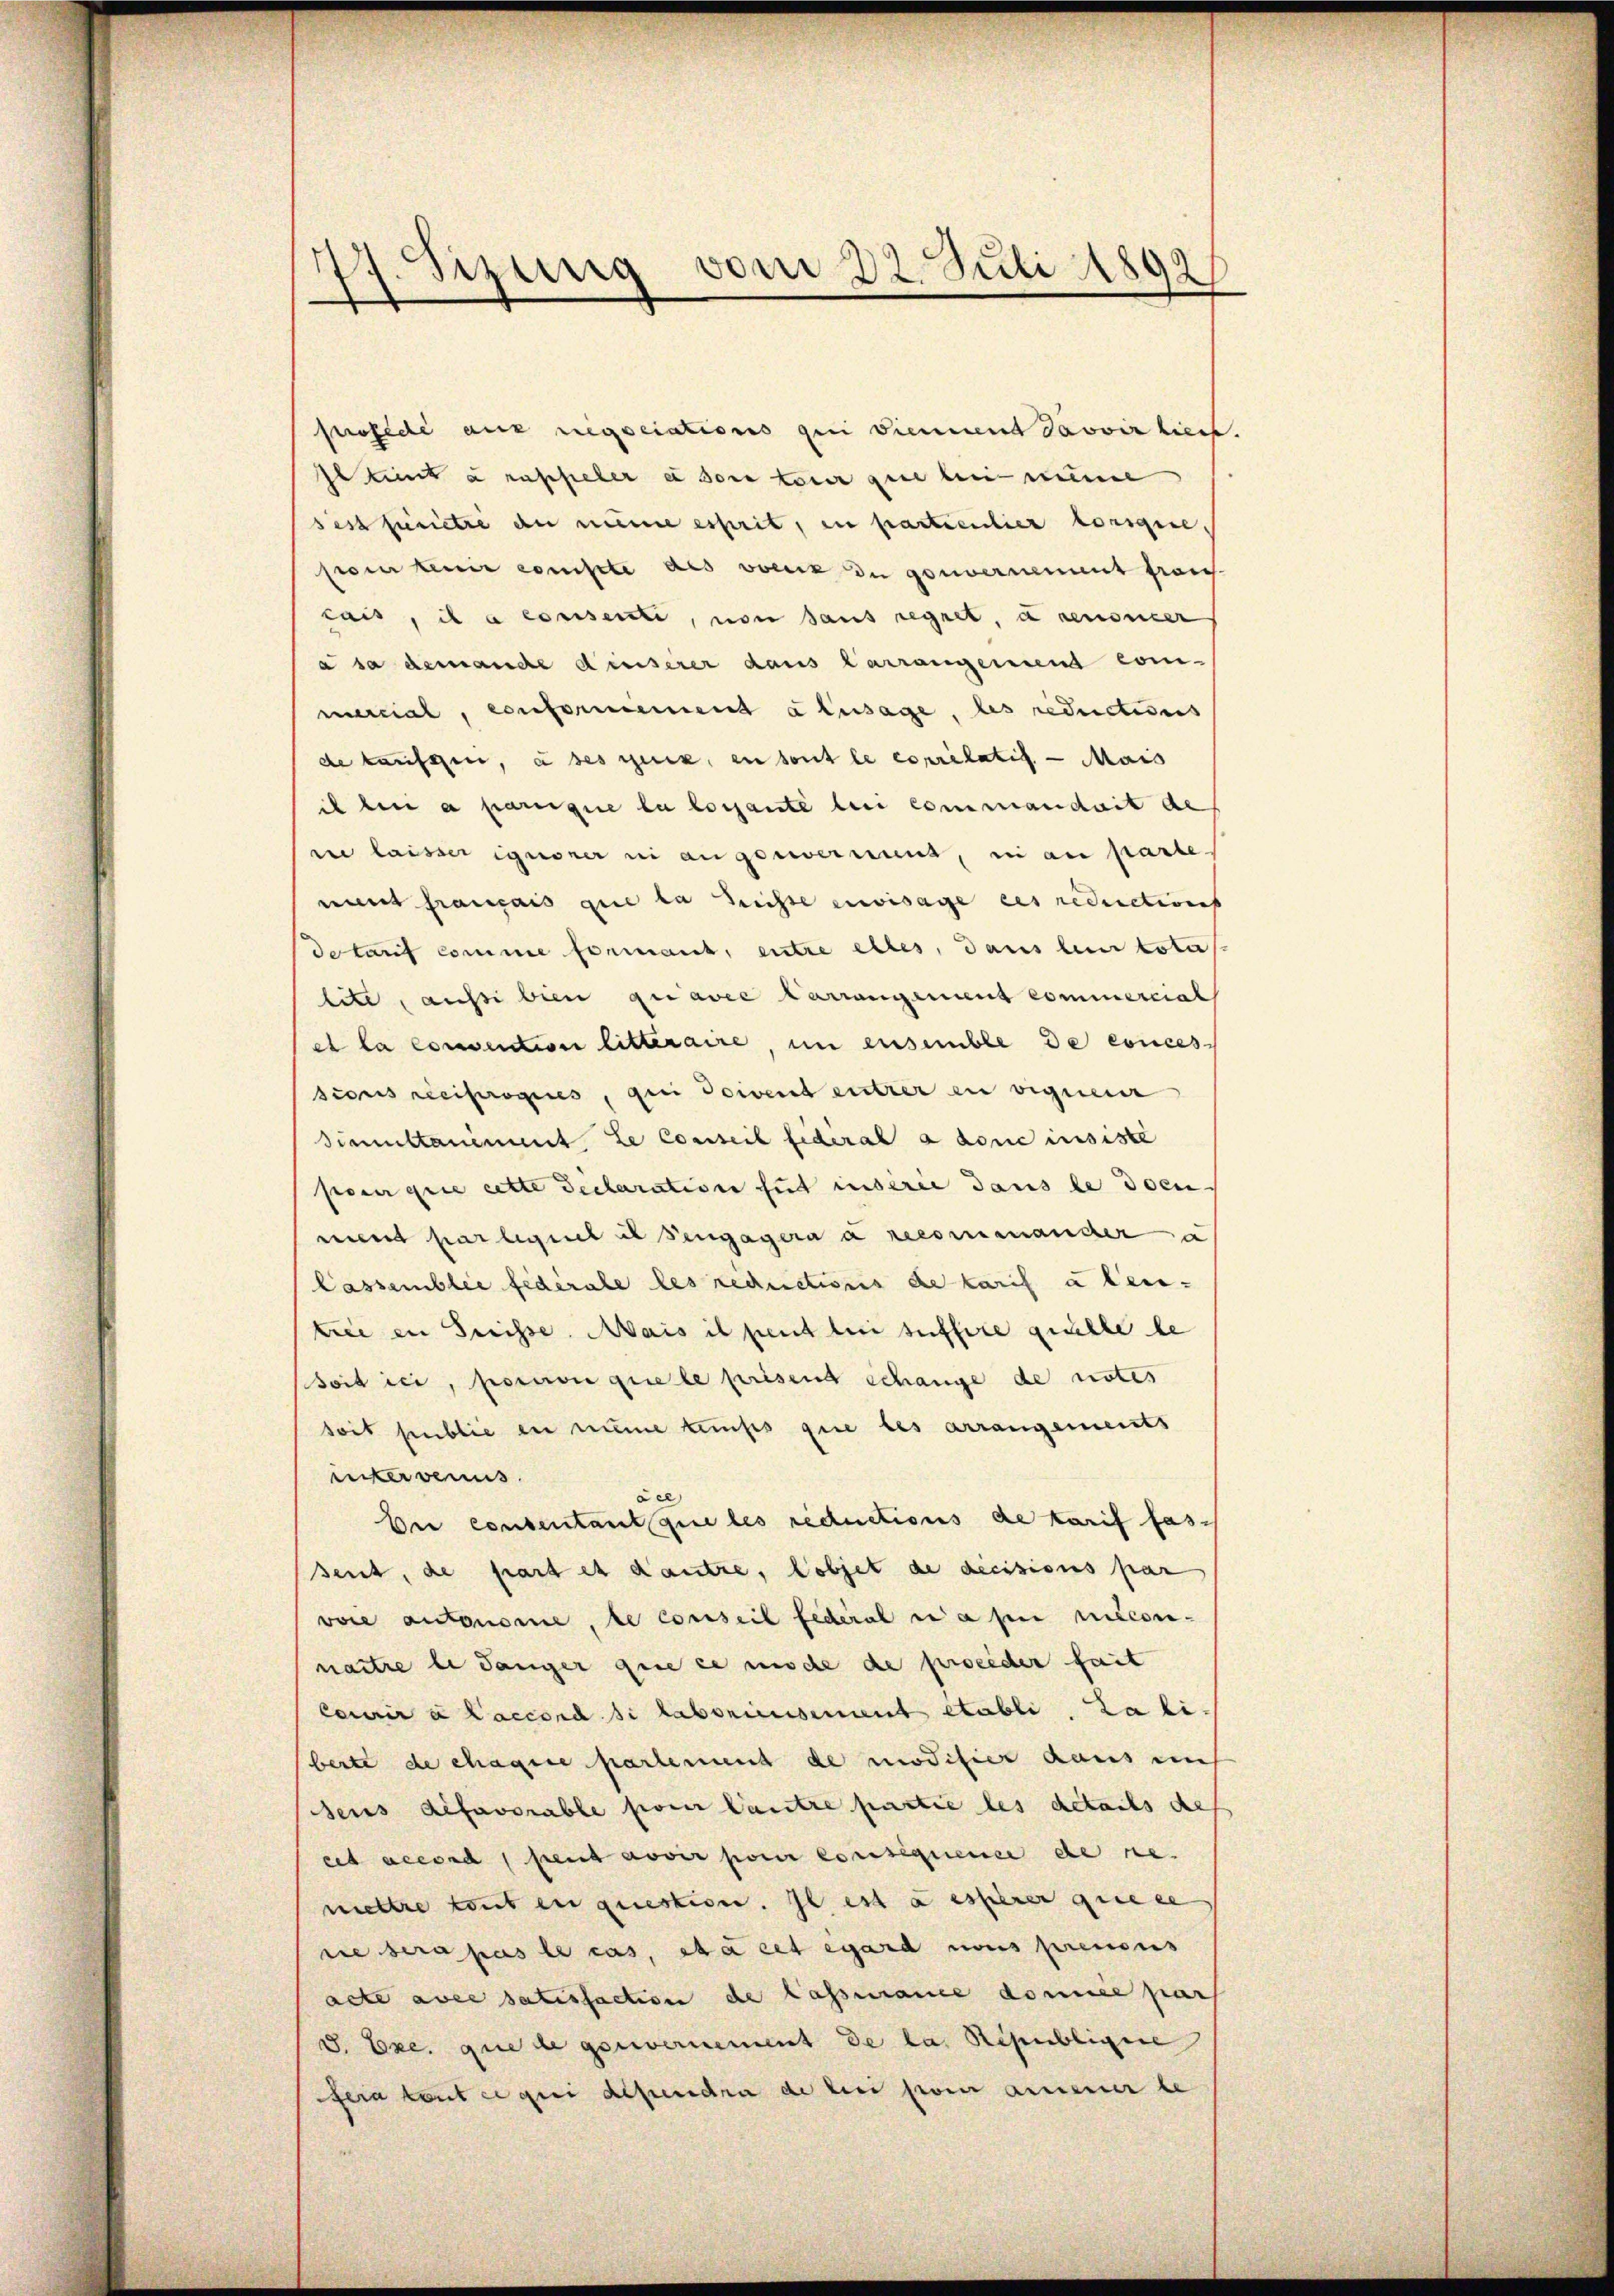
77. Sizung vom 22. Juli 1892

furede aus regociations qui viennend davoir liegt.
Ie kint à raffieler e sont tour que bei meine
sest perietri an meine esprit, in partientier vorigire,
sio tenir conste des voeux du gouvernement frans-
cais, il a consenti, von sans regnet, a renoner
à sa demande dieserer dans Carrangement com-
mercial, conformement abusage, les reductions
de taufgen, à ses prix, en tout le coprelatis. — Mais
il bei a pareique la locante lui commandait de
i laisser ignoner ni angeseerint, in an parte
nit français que la sichte envisage ces redictions
detarif comme formant, entre eltes, dans lein totus.
tete, aussi bien quavee arrangement commercial
et la convention litteraire, im ensemble de conces
sions reciprogies, qui doivent entrer in vignenr
Simultaniment Le conseil fidéral a done insiste
pouir quie cette declaration fut inserie dans le docu
ment par lignet il engagern a recorienander a
lassemblée fédérale les reductions de karif à leu-
tree in Greisse. Mais il peut lui suffire quälle de
Soit ici, porcion quele prisend Schange de notes
soit public in meine temps que les arrangements
intervenus.
En consentant que les reductions de karif fas
sent, de part es d’autre, lobjet de decisions par
vore autonomie, le conseil Federal da sie niedennaitre le sanger que ce mache de preiderseit
Cenir à accord si laborienisement etabli, da bi
berte de chaque partement de modifier daus ein
sens defavorable pour lautre partie les details des
eit accord sent aver pour consequence de ne
mettre tout en question. Il est à esserer quiere
sie sera pas le cas, et cet egard nous prenous
acte avec satisfaction de Cassance domice pars
S. Exc. que de genvernement de la Republigere
fera tent ce qui dependra de bei son annener be